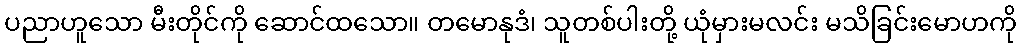
ပညာဟူသော မီးတိုင်ကို ဆောင်ထသော။ တမောနုဒံ၊ သူတစ်ပါးတို့ ယုံမှားမလင်း မသိခြင်းမောဟကို